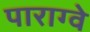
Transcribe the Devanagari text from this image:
पाराग्वे